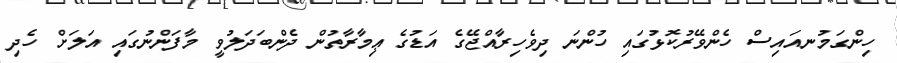
ހިންގަމުނއައިސް ހެންވޭރުކޮޅުގައި ހުންނަ ދިވެހިރާއްޖޭގެ އަޑުގެ ޢިމާރާތުން ދެންބަދަލުވީ މާފަންނުގައި އަލަށް ހެދި